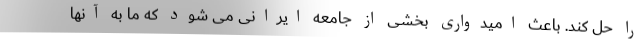
را حل کند. باعث امیدواری بخشی از جامعه ایرانی می شود که ما به آنها